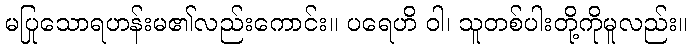
မပြုသောရဟန်းမ၏လည်းကောင်း။ ပရေဟိ ဝါ၊ သူတစ်ပါးတို့ကိုမူလည်း။